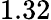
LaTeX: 1.32